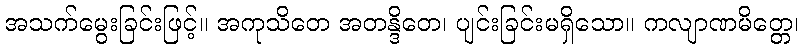
အသက်မွေးခြင်းဖြင့်။ အကုသိတေ အတန္ဒိတေ၊ ပျင်းခြင်းမရှိသော။ ကလျာဏမိတ္တေ၊